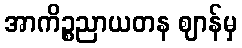
အာကိဉ္စညာယတန ဈာန်မှ